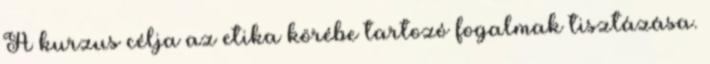
A kurzus célja az etika körébe tartozó fogalmak tisztázása.